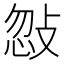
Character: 𢽨